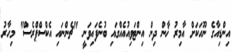
އިންޑިއާގެ ނޫހަކަށް އާމިރު ޚާން ދިން އިންޓަވިއުއެއްގައި ބުނެފައިވަނީ "ޗެންނައި އެކްސްޕްރެސް" މިހާރު